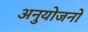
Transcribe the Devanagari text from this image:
अनुयोजनों